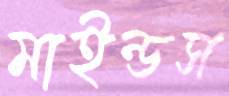
মাইন্ডস